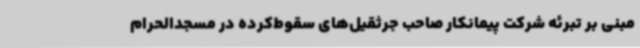
مبنی بر تبرئه شرکت پیمانکار صاحب جرثقیل‌های سقوط‌کرده در مسجدالحرام